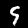
Digit: 9